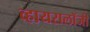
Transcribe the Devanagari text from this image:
व्हायरालॉजी